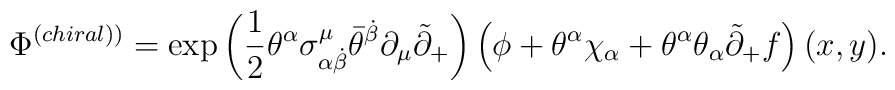
\Phi ^{\left( chiral)\right) }=\exp \left( \frac 12\theta ^\alpha \sigma_{\alpha \dot{\beta}}^\mu \bar{\theta}^{\dot{\beta}}\partial _\mu \tilde{\partial}_{+}\right) \left( \phi +\theta ^\alpha \chi _\alpha +\theta^\alpha \theta _\alpha \tilde{\partial}_{+}f\right) (x,y).